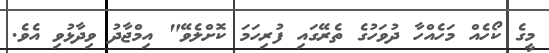
މީގެ ކޯހެއް މަހެއްހާ ދުވަހުގެ ތެރޭގައި ފުރިހަމަ ކޮށްލެވޭ" އިމްޖާދު ވިދާޅުވި އެވެ.